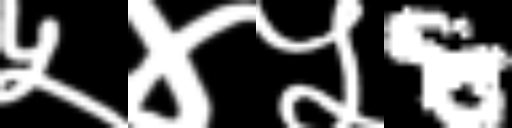
Text: ५४५8